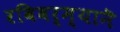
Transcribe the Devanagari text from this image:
रविवर्म्यानॆ